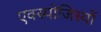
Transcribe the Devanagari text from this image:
एक्स्पोजिस्यों